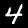
Digit: 4